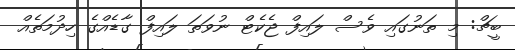
ބީޗް: މި ތަނުގައި ވެސް ލައިފް ޖެކެޓް ނުވަތަ ލައިފް ގާޑެއްގެ ހިދުމަތެއް